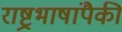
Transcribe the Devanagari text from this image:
राष्ट्रभाषांपैकी